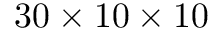
3 0 \times 1 0 \times 1 0